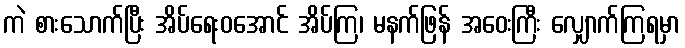
ကဲ စားသောက်ပြီး အိပ်ရေးဝအောင် အိပ်ကြ၊ မနက်ဖြန် အဝေးကြီး လျှောက်ကြရမှာ